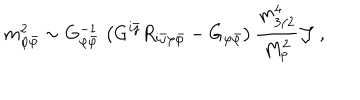
LaTeX: m _ { \varphi { \bar { \varphi } } } ^ { 2 } \sim G _ { \varphi { \bar { \varphi } } } ^ { - 1 } \, \left( G ^ { i { \bar { \jmath } } } R _ { i { \bar { \jmath } } \varphi { \bar { \varphi } } } - G _ { \varphi { \bar { \varphi } } } \right) { \frac { m _ { 3 / 2 } ^ { 4 } } { M _ { p } ^ { 2 } } } { \cal J } \ ,